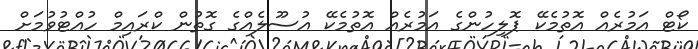
ކޯޓް އަމުރެއް އޮތުމެކޭ ޕޮލިހުންގެ އަމުރެއް އޮތުމެކޭ އުސޫލެއްގެ ގޮތުން ކްރައިމް ހުއްޓުވުމަށް